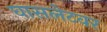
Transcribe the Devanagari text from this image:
घासलेटवर